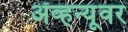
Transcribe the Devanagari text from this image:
ॲव्हन्यूवर